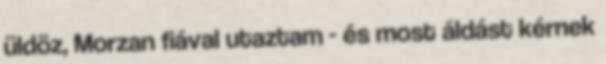
üldöz, Morzan fiával utaztam - és most áldást kérnek